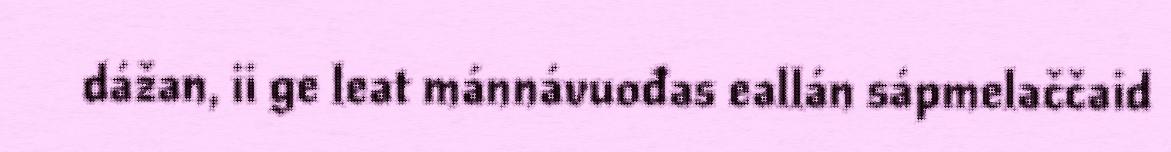
dážan, ii ge leat mánnávuođas eallán sápmelaččaid